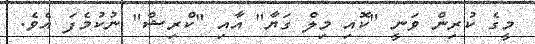
މީގެ ކުރިން ވަނީ "ކޮއި މިލް ގަޔާ" އާއި "ކްރިޝް" ނުކުމެފަ އެވެ.